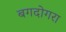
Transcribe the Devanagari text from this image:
बगदोगरा